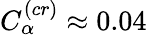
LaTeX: C_{\alpha}^{(cr)}\approx 0.04